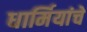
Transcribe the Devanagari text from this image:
धार्मियांचे